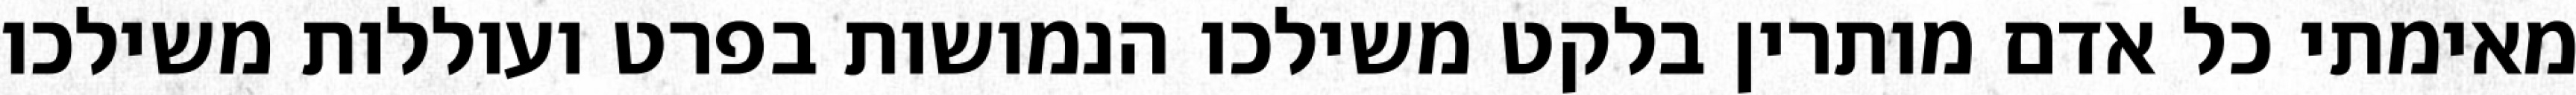
מאימתי כל אדם מותרין בלקט משילכו הנמושות בפרט ועוללות משילכו